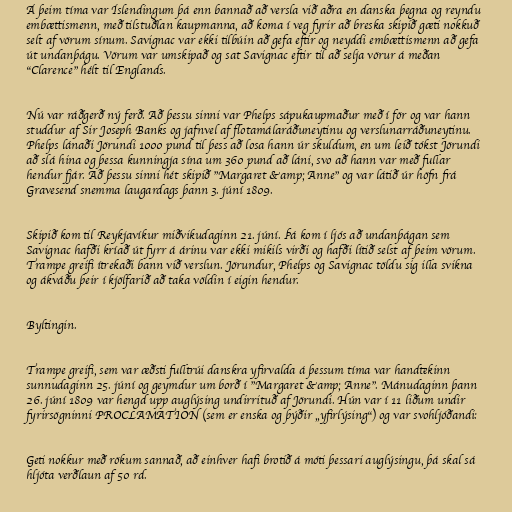
Á þeim tíma var Íslendingum þá enn bannað að versla við aðra en danska þegna og reyndu
embættismenn, með tilstuðlan kaupmanna, að koma í veg fyrir að breska skipið gæti nokkuð
selt af vörum sínum. Savignac var ekki tilbúin að gefa eftir og neyddi embættismenn að gefa
út undanþágu. Vörum var umskipað og sat Savignac eftir til að selja vörur á meðan
"Clarence" hélt til Englands.

Nú var ráðgerð ný ferð. Að þessu sinni var Phelps sápukaupmaður með í för og var hann
studdur af Sir Joseph Banks og jafnvel af flotamálaráðuneytinu og verslunarráðuneytinu.
Phelps lánaði Jörundi 1000 pund til þess að losa hann úr skuldum, en um leið tókst Jörundi
að slá hina og þessa kunningja sína um 360 pund að láni, svo að hann var með fullar
hendur fjár. Að þessu sinni hét skipið "Margaret &amp; Anne" og var látið úr höfn frá
Gravesend snemma laugardags þann 3. júní 1809.

Skipið kom til Reykjavíkur miðvikudaginn 21. júní. Þá kom í ljós að undanþágan sem
Savignac hafði kríað út fyrr á árinu var ekki mikils virði og hafði lítið selst af þeim vörum.
Trampe greifi ítrekaði bann við verslun. Jörundur, Phelps og Savignac töldu sig illa svikna
og ákváðu þeir í kjölfarið að taka völdin í eigin hendur.

Byltingin.

Trampe greifi, sem var æðsti fulltrúi danskra yfirvalda á þessum tíma var handtekinn
sunnudaginn 25. júní og geymdur um borð í "Margaret &amp; Anne". Mánudaginn þann
26. júní 1809 var hengd upp auglýsing undirrituð af Jörundi. Hún var í 11 liðum undir
fyrirsögninni PROCLAMATION (sem er enska og þýðir „yfirlýsing“) og var svohljóðandi:

Geti nokkur með rökum sannað, að einhver hafi brotið á móti þessari auglýsingu, þá skal sá
hljóta verðlaun af 50 rd.